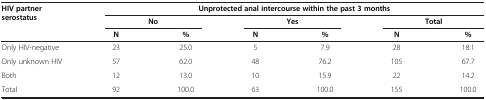
<table><thead><tr><td><b>HIV partner serostatus</b></td><td colspan="6"><b>Unprotected anal intercourse within the past 3 months</b></td></tr><tr><td><b> </b></td><td colspan="2"><b>No</b></td><td colspan="2"><b>Yes</b></td><td colspan="2"><b>Total</b></td></tr><tr><td><b> </b></td><td><b>N</b></td><td><b>%</b></td><td><b>N</b></td><td><b>%</b></td><td><b>N</b></td><td><b>%</b></td></tr></thead><tbody><tr><td>Only HIV-negative</td><td>23</td><td>25.0</td><td>5</td><td>7.9</td><td>28</td><td>18.1</td></tr><tr><td>Only unknown HIV</td><td>57</td><td>62.0</td><td>48</td><td>76.2</td><td>105</td><td>67.7</td></tr><tr><td>Both</td><td>12</td><td>13.0</td><td>10</td><td>15.9</td><td>22</td><td>14.2</td></tr><tr><td>Total</td><td>92</td><td>100.0</td><td>63</td><td>100.0</td><td>155</td><td>100.0</td></tr></tbody></table>